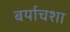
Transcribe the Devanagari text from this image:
बर्याचशा